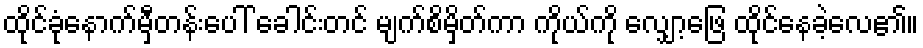
ထိုင်ခုံနောက်မှီတန်းပေါ် ခေါင်းတင် မျက်စိမှိတ်ကာ ကိုယ်ကို လျှော့ဖြေ ထိုင်နေခဲ့လေ၏။